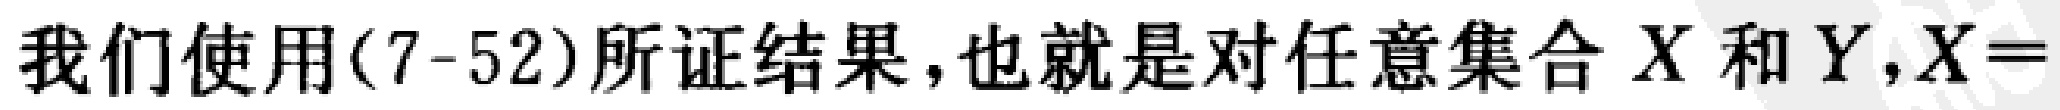
我们使用(7-52)所证结果，也就是对任意集合 \(X\) 和 \(Y\)，\(X =\)